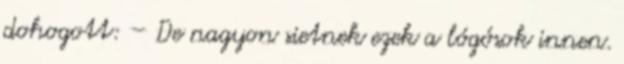
dohogott: – De nagyon sietnek ezek a lógósok innen.